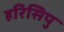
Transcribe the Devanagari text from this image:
हरिसिपु